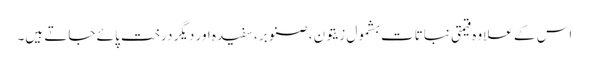
اس کے علاوہ قیمتی نباتات بشمول زیتون، صنوبر، سفیدہ اور دیگر درخت پائے جاتے ہیں۔